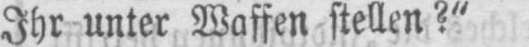
Ihr unter Waffen stellen?“